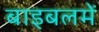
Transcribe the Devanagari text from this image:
बाइबलमें